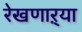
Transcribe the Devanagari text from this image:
रेखणाऱ्या